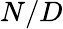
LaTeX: N/D